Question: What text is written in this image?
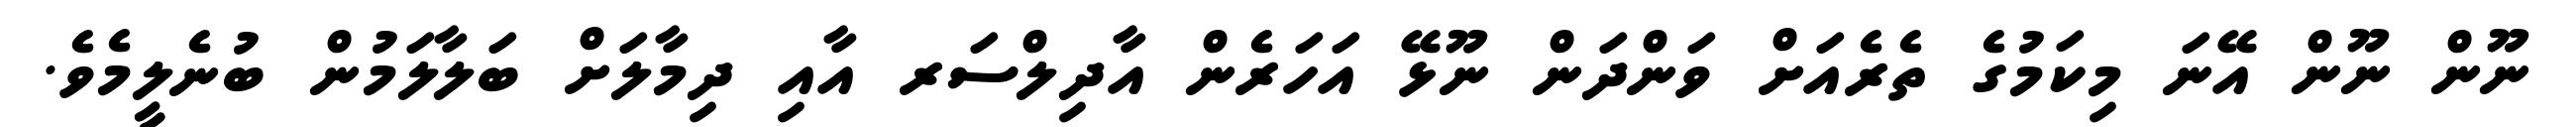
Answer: ނޫން ނޫން އޭނަ މިކަމުގެ ތެރެއަށް ވަންދަން ނޫޅޭ އަހަރެން އާދިލްސަރ އާއި ދިމާލަށް ބަލާލަމުން ބުނެލީމެވެ.